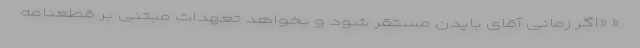
« «اگر زمانی آقای بایدن مستقر شود و بخواهد تعهدات مبتنی بر قطعنامه